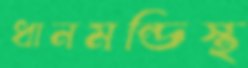
ধানমন্ডিস্থ